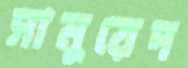
সামুয়েদ